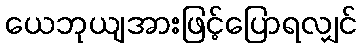
ယေဘုယျအားဖြင့်ပြောရလျှင်